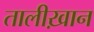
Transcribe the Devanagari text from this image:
तालीख़ान